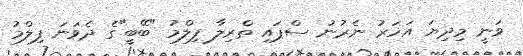
ވަނީ މިދިޔަ އަހަރު ނެރުނު ސްޕައި ތްރިލާ ފިލްމު "ބޭބީ"ގެ ދެވަނަ ފިލްމު